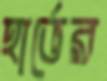
হার্ভের